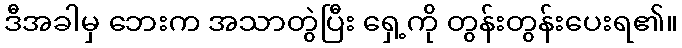
ဒီအခါမှ ဘေးက အသာတွဲပြီး ရှေ့ကို တွန်းတွန်းပေးရ၏။